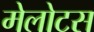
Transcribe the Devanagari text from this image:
मेलोटस